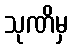
သုဏိမှ